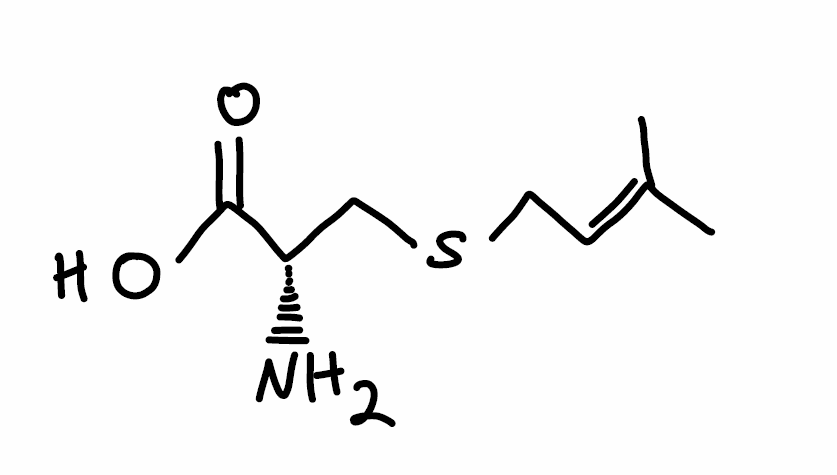
Simplified molecular-input line-entry system (SMILES) notation of the given molecule:
CC(=CCSC[C@@H](C(=O)O)N)C